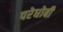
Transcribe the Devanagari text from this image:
परेधोबी